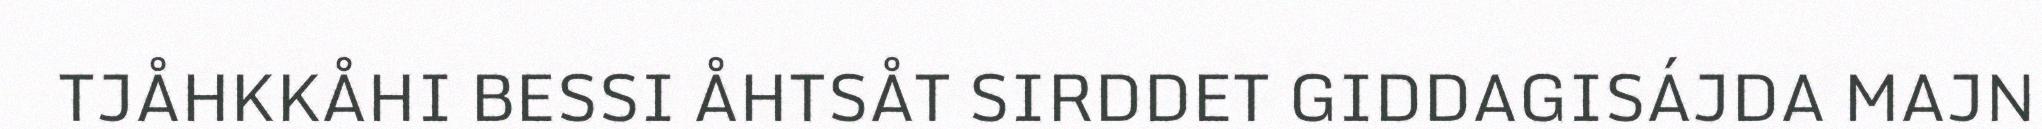
TJÅHKKÅHI BESSI ÅHTSÅT SIRDDET GIDDAGISÁJDA MAJN